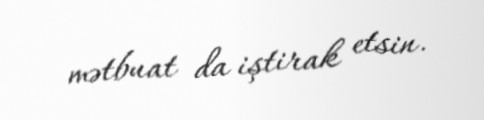
mətbuat da iştirak etsin.